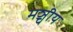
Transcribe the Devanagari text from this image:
मञ्चीय